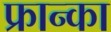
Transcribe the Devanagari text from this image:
फ्रान्का